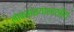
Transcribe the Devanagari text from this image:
लोकसंख्याशास्त्रीय